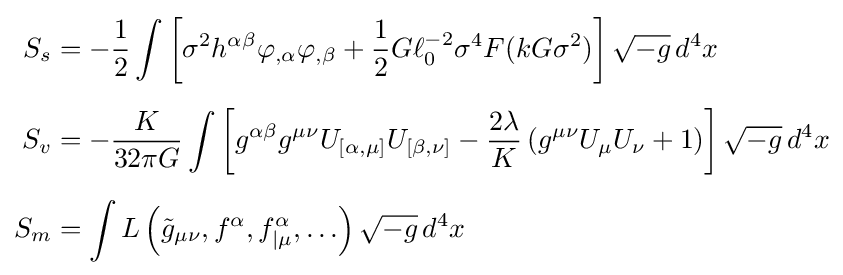
{\begin{aligned}S_{s}&=-{\frac {1}{2}}\int \left[\sigma ^{2}h^{\alpha \beta }\varphi _{,\alpha }\varphi _{,\beta }+{\frac {1}{2}}G\ell _{0}^{-2}\sigma ^{4}F(kG\sigma ^{2})\right]{\sqrt {-g}}\,d^{4}x\\[5pt]S_{v}&=-{\frac {K}{32\pi G}}\int \left[g^{\alpha \beta }g^{\mu \nu }U_{[\alpha ,\mu ]}U_{[\beta ,\nu ]}-{\frac {2\lambda }{K}}\left(g^{\mu \nu }U_{\mu }U_{\nu }+1\right)\right]{\sqrt {-g}}\,d^{4}x\\[5pt]S_{m}&=\int L\left({\tilde {g}}_{\mu \nu },f^{\alpha },f_{|\mu }^{\alpha },\ldots \right){\sqrt {-g}}\,d^{4}x\end{aligned}}